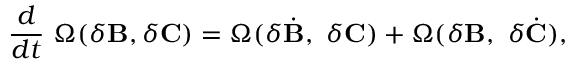
{ \frac { d } { d t } } ~ \Omega ( \delta { \bf B } , \delta { \bf C } ) = \Omega ( \delta { \dot { { \bf B } } } , ~ \delta { \bf C } ) + \Omega ( \delta { \bf B } , ~ \delta { \dot { { \bf C } } } ) ,